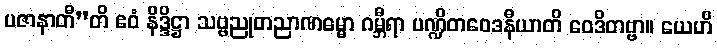
ပဇာနာတီ”တိ ဧဝံ နိဒ္ဒိဋ္ဌာ သဗ္ဗညုတညာဏဓမ္မာ ဂမ္ဘီရာ ပဏ္ဍိတဝေဒနီယာတိ ဝေဒိတဗ္ဗာ။ ယေဟိ